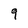
Character: 9